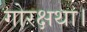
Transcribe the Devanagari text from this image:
गोरक्षथा।